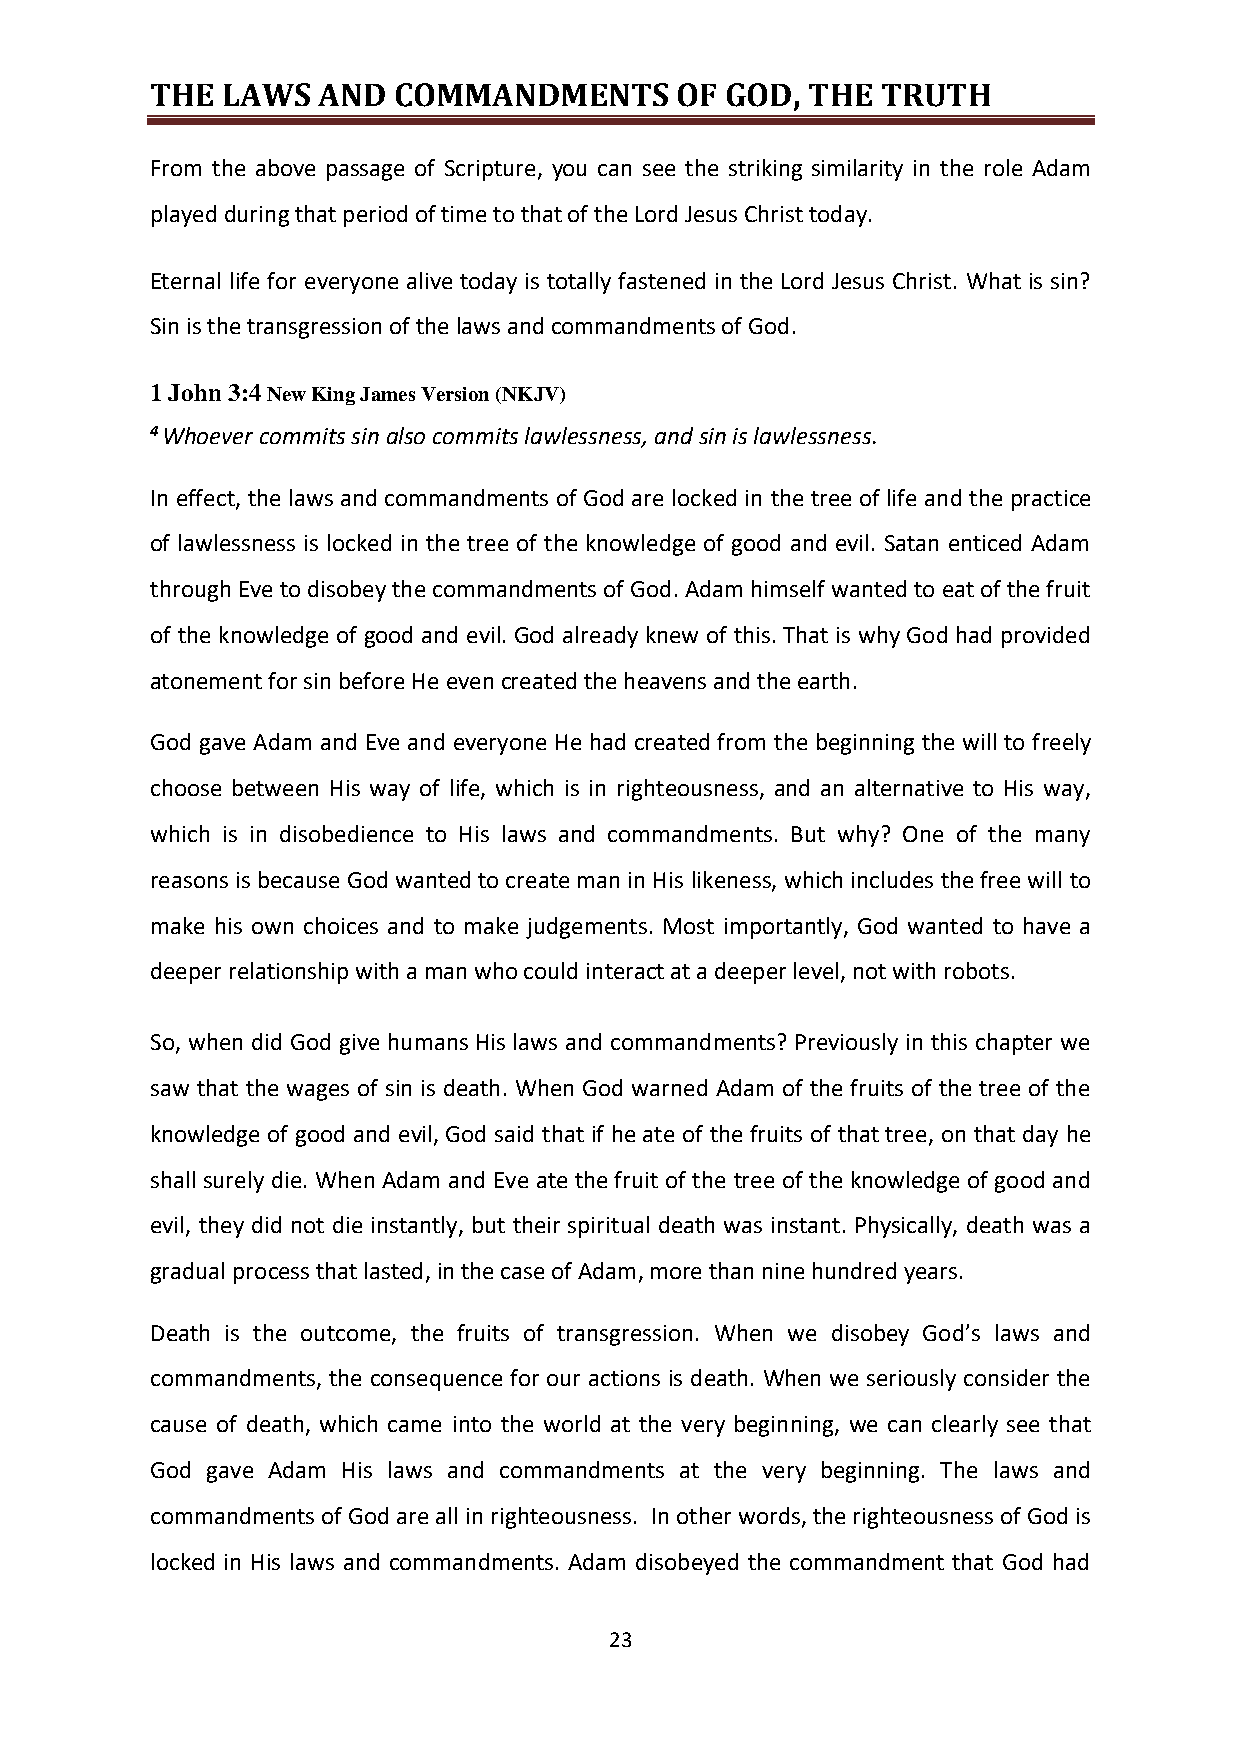
THE  LAWS  AND  COMMANDMENTS       OF GOD, THE  TRUTH
 From the above passage of Scripture, you can see the striking similarity in the role Adam
 played during that period of time to that of the Lord Jesus Christ today.
 Eternal life for everyone alive today is totally fastened in the Lord Jesus Christ. What is sin?
 Sin is the transgression of the laws and commandments of God.
 1 John 3:4 New King James Version (NKJV)
 4 Whoever commits sin also commits lawlessness, and sin is lawlessness.
 In effect, the laws and commandments of God are locked in the tree of life and the practice
 of lawlessness is locked in the tree of the knowledge of good and evil. Satan enticed Adam
 through Eve to disobey the commandments of God. Adam himself wanted to eat of the fruit
 of the knowledge of good and evil. God already knew of this. That is why God had provided
 atonement for sin before He even created the heavens and the earth.
 God gave Adam and Eve and everyone He had created from the beginning the will to freely
 choose between His way of life, which is in righteousness, and an alternative to His way,
 which is in disobedience to His laws and commandments. But why? One of the many
 reasons is because God wanted to create man in His likeness, which includes the free will to
 make his own choices and to make judgements. Most importantly, God wanted to have a
 deeper relationship with a man who could interact at a deeper level, not with robots.
 So, when did God give humans His laws and commandments? Previously in this chapter we
 saw that the wages of sin is death. When God warned Adam of the fruits of the tree of the
 knowledge of good and evil, God said that if he ate of the fruits of that tree, on that day he
 shall surely die. When Adam and Eve ate the fruit of the tree of the knowledge of good and
 evil, they did not die instantly, but their spiritual death was instant. Physically, death was a
 gradual process that lasted, in the case of Adam, more than nine hundred years.
 Death is the outcome, the fruits of transgression. When we disobey God’s laws and
 commandments, the consequence for our actions is death. When we seriously consider the
 cause of death, which came into the world at the very beginning, we can clearly see that
 God gave Adam His laws and commandments at the very beginning. The laws and
 commandments of God are all in righteousness. In other words, the righteousness of God is
 locked in His laws and commandments. Adam disobeyed the commandment that God had
 23